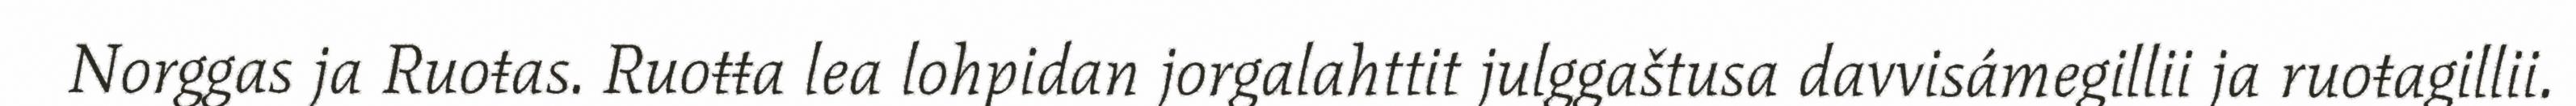
Norggas ja Ruoŧas. Ruoŧŧa lea lohpidan jorgalahttit julggaštusa davvisámegillii ja ruoŧagillii.